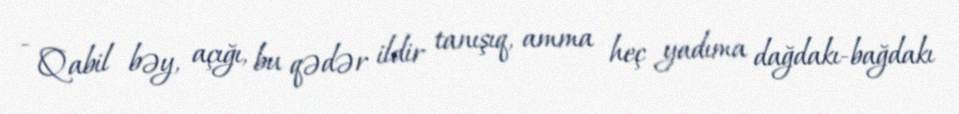
- Qabil bəy, açığı, bu qədər ildir tanışıq, amma heç yadıma dağdakı-bağdakı